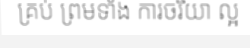
គ្រប់ ព្រមទាំង ការចរិយា ល្អ